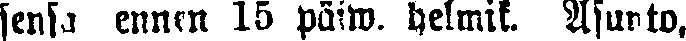
sensa ennen 15 päiw. helmik. Asunto,